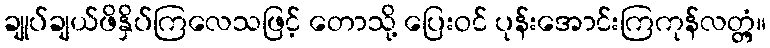
ချုပ်ချယ်ဖိနှိပ်ကြလေသဖြင့် တောသို့ ပြေးဝင် ပုန်းအောင်းကြကုန်လတ္တံ့။